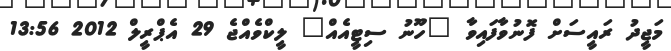
މަޖީދު ރައީސަށް ފޮނުވާފައިވާ "ހޫނު ސިޓީއެއް" ލީކްވެއްޖެ 29 އެޕްރީލް 2012 13:56